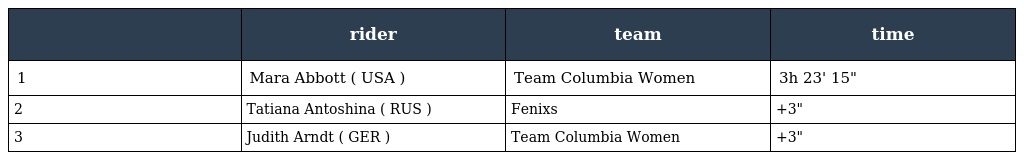
|  | rider | team | time |
 | --- | --- | --- | --- |
 | 1 | Mara Abbott ( USA ) | Team Columbia Women | 3h 23' 15" |
 | 2 | Tatiana Antoshina ( RUS ) | Fenixs | +3" |
 | 3 | Judith Arndt ( GER ) | Team Columbia Women | +3" |